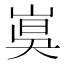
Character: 𡸦